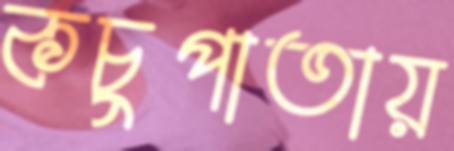
কচুপাতায়